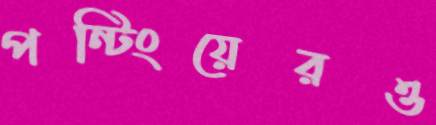
পন্টিংয়েরও